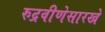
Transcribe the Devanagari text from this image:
रुद्रवीणेसारखे